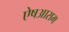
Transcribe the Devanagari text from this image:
ऐषआराम